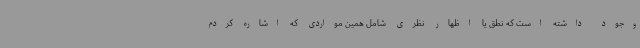
وجود داشته است که نطق یا اظهار نظری شامل همین مواردی که اشاره کردم